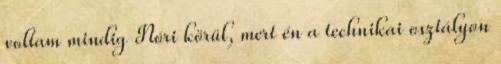
voltam mindig Nóri körül, mert én a technikai osztályon